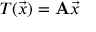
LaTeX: T ( { \vec { x } } ) = \mathbf { A } { \vec { x } }